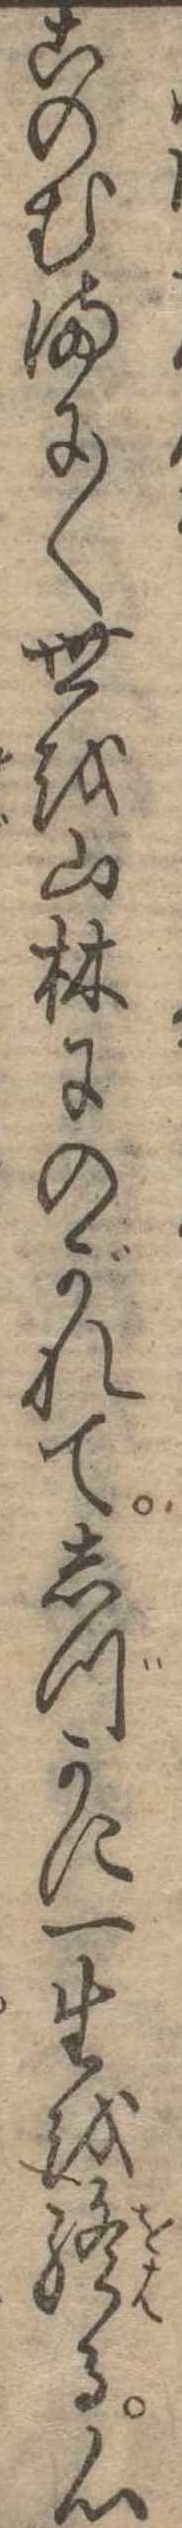
このむまに〱世を山林にのがれてしづかに一生を終る心